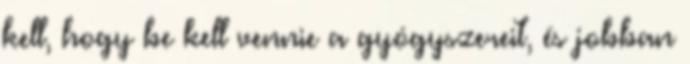
kell, hogy be kell vennie a gyógyszereit, és jobban